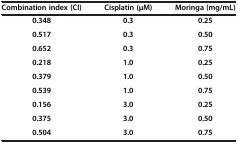
<table><thead><tr><td><b>Combination index (CI)</b></td><td><b>Cisplatin (μM)</b></td><td><b>Moringa (mg/mL)</b></td></tr></thead><tbody><tr><td><b>0.348</b></td><td><b>0.3</b></td><td><b>0.25</b></td></tr><tr><td><b>0.517</b></td><td><b>0.3</b></td><td><b>0.50</b></td></tr><tr><td><b>0.652</b></td><td><b>0.3</b></td><td><b>0.75</b></td></tr><tr><td><b>0.218</b></td><td><b>1.0</b></td><td><b>0.25</b></td></tr><tr><td><b>0.379</b></td><td><b>1.0</b></td><td><b>0.50</b></td></tr><tr><td><b>0.539</b></td><td><b>1.0</b></td><td><b>0.75</b></td></tr><tr><td><b>0.156</b></td><td><b>3.0</b></td><td><b>0.25</b></td></tr><tr><td><b>0.375</b></td><td><b>3.0</b></td><td><b>0.50</b></td></tr><tr><td><b>0.504</b></td><td><b>3.0</b></td><td><b>0.75</b></td></tr></tbody></table>